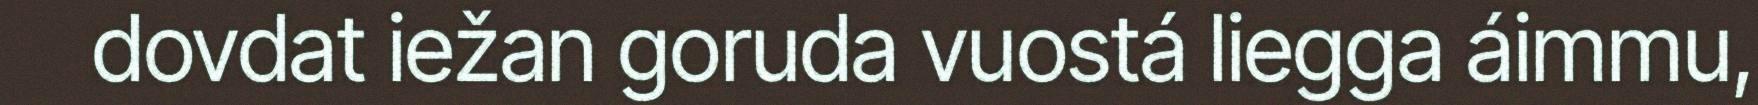
dovdat iežan goruda vuostá liegga áimmu,